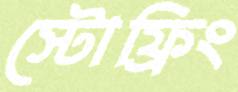
স্টোফ্রিং